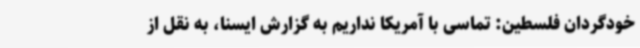
خودگردان فلسطین: تماسی با آمریکا نداریم به گزارش ایسنا، به نقل از